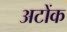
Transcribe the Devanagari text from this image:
अटोंक